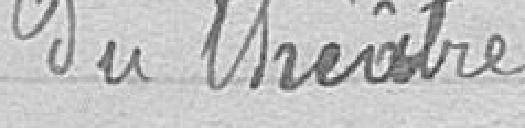
du théâtre